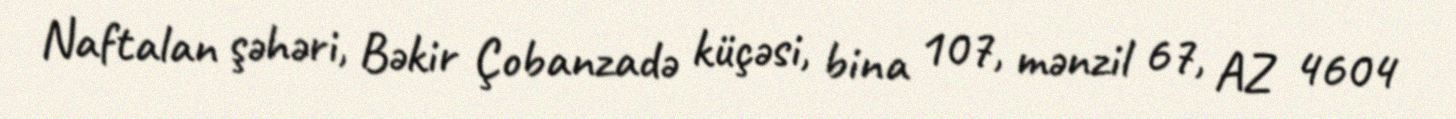
Naftalan şəhəri, Bəkir Çobanzadə küçəsi, bina 107, mənzil 67, AZ 4604